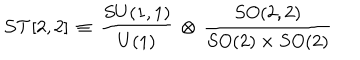
LaTeX: { \cal S T } [ 2 , 2 ] \, \equiv \, \frac { S U ( 1 , 1 ) } { U ( 1 ) } \, \otimes \, \frac { S O ( 2 , 2 ) } { S O ( 2 ) \times S O ( 2 ) }